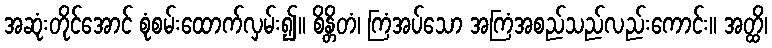
အဆုံးတိုင်အောင် စုံစမ်းထောက်လှမ်း၍။ စိန္တိတံ၊ ကြံအပ်သော အကြံအစည်သည်လည်းကောင်း။ အတ္ထိ၊